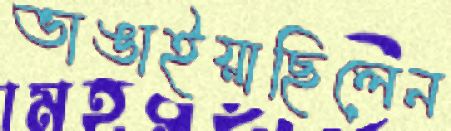
ভাঙাইয়াছিলেন